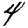
Digit: 4